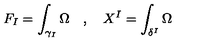
F _ { I } = \int _ { \gamma _ { I } } \Omega \quad , \quad X ^ { I } = \int _ { \delta ^ { I } } \Omega \